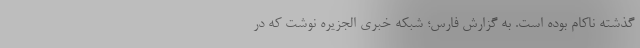
گذشته ناکام بوده است. به گزارش فارس؛ شبکه خبری الجزیره نوشت که در